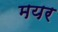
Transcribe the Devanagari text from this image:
मयर